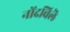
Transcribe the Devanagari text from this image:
नोंदविलॆ